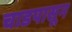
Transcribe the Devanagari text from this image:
चाडपासून